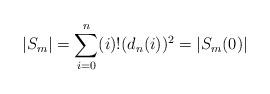
LaTeX: \begin{align*}|S_m|=\sum_{i=0}^n (i)! (d_n(i))^2 = |S_m(0)|\end{align*}